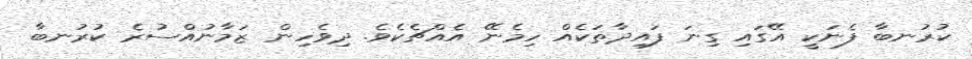
ކުރުނބާ ފެނަކީ އޭގައި ގިނަ ފައިދާތަކެއް ހިމެނޭ އެއްޗެކެވެ. ދިވެހިން ޒަމާނުއްސުރެ ކުރުނބާ